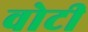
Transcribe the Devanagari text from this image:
वोटी